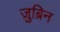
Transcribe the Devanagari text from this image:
ज़ुब्रिन